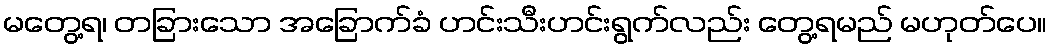
မတွေ့ရ၊ တခြားသော အခြောက်ခံ ဟင်းသီးဟင်းရွက်လည်း တွေ့ရမည် မဟုတ်ပေ။